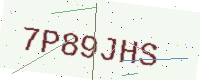
Text: 7P89JHS